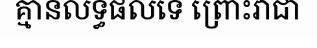
គ្មានលទ្ធផលទេ ព្រោះវាជា